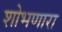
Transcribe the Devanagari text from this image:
शोभणारा